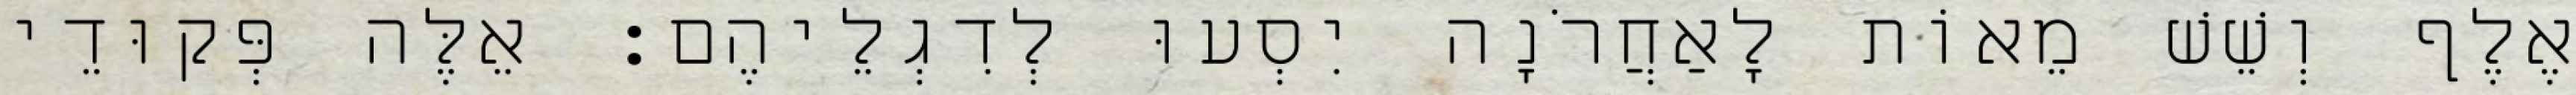
אֶלֶף וְשֵׁשׁ מֵאוֹת לָאַחֲרֹנָה יִסְעוּ לְדִגְלֵיהֶם׃ אֵלֶּה פְּקוּדֵי